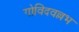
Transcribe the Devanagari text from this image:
गोविदवल्लभ